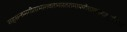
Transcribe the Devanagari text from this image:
सहस्रनामगीताभागवतभारतरामायणेशावास्याद्युपनिषद